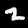
Digit: 2